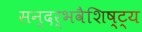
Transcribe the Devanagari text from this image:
सन्दर्भवैशिष्ट्य